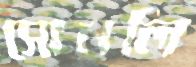
সোনলি